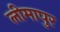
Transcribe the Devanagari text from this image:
लीमापुर